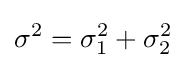
\sigma ^{2}=\sigma _{1}^{2}+\sigma _{2}^{2}